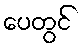
ပေတွင်